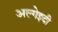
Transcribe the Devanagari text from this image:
अल्गेइदी